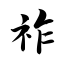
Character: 祚